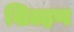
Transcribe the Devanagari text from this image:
शिल्हण